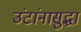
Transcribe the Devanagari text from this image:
उंटांनासुद्धा